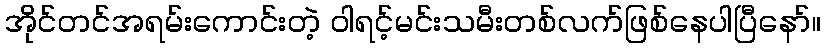
အိုင်တင်အရမ်းကောင်းတဲ့ ဝါရင့်မင်းသမီးတစ်လက်ဖြစ်နေပါပြီနော်။